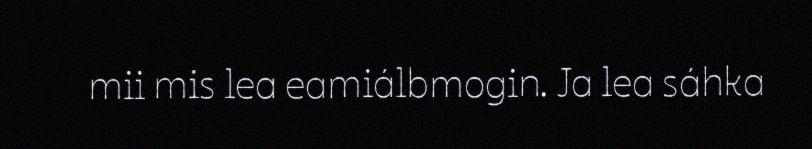
mii mis lea eamiálbmogin. Ja lea sáhka